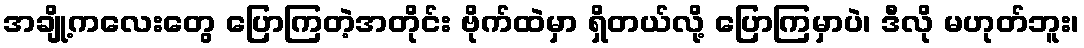
အချို့ကလေးတွေ ပြောကြတဲ့အတိုင်း ဗိုက်ထဲမှာ ရှိတယ်လို့ ပြောကြမှာပဲ၊ ဒီလို မဟုတ်ဘူး၊